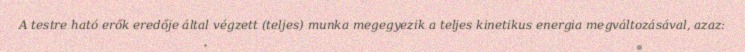
A testre ható erők eredője által végzett (teljes) munka megegyezik a teljes kinetikus energia megváltozásával, azaz: